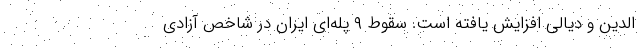
الدین و دیالی افزایش یافته است. سقوط ۹ پله‌ای ایران در شاخص آزادی